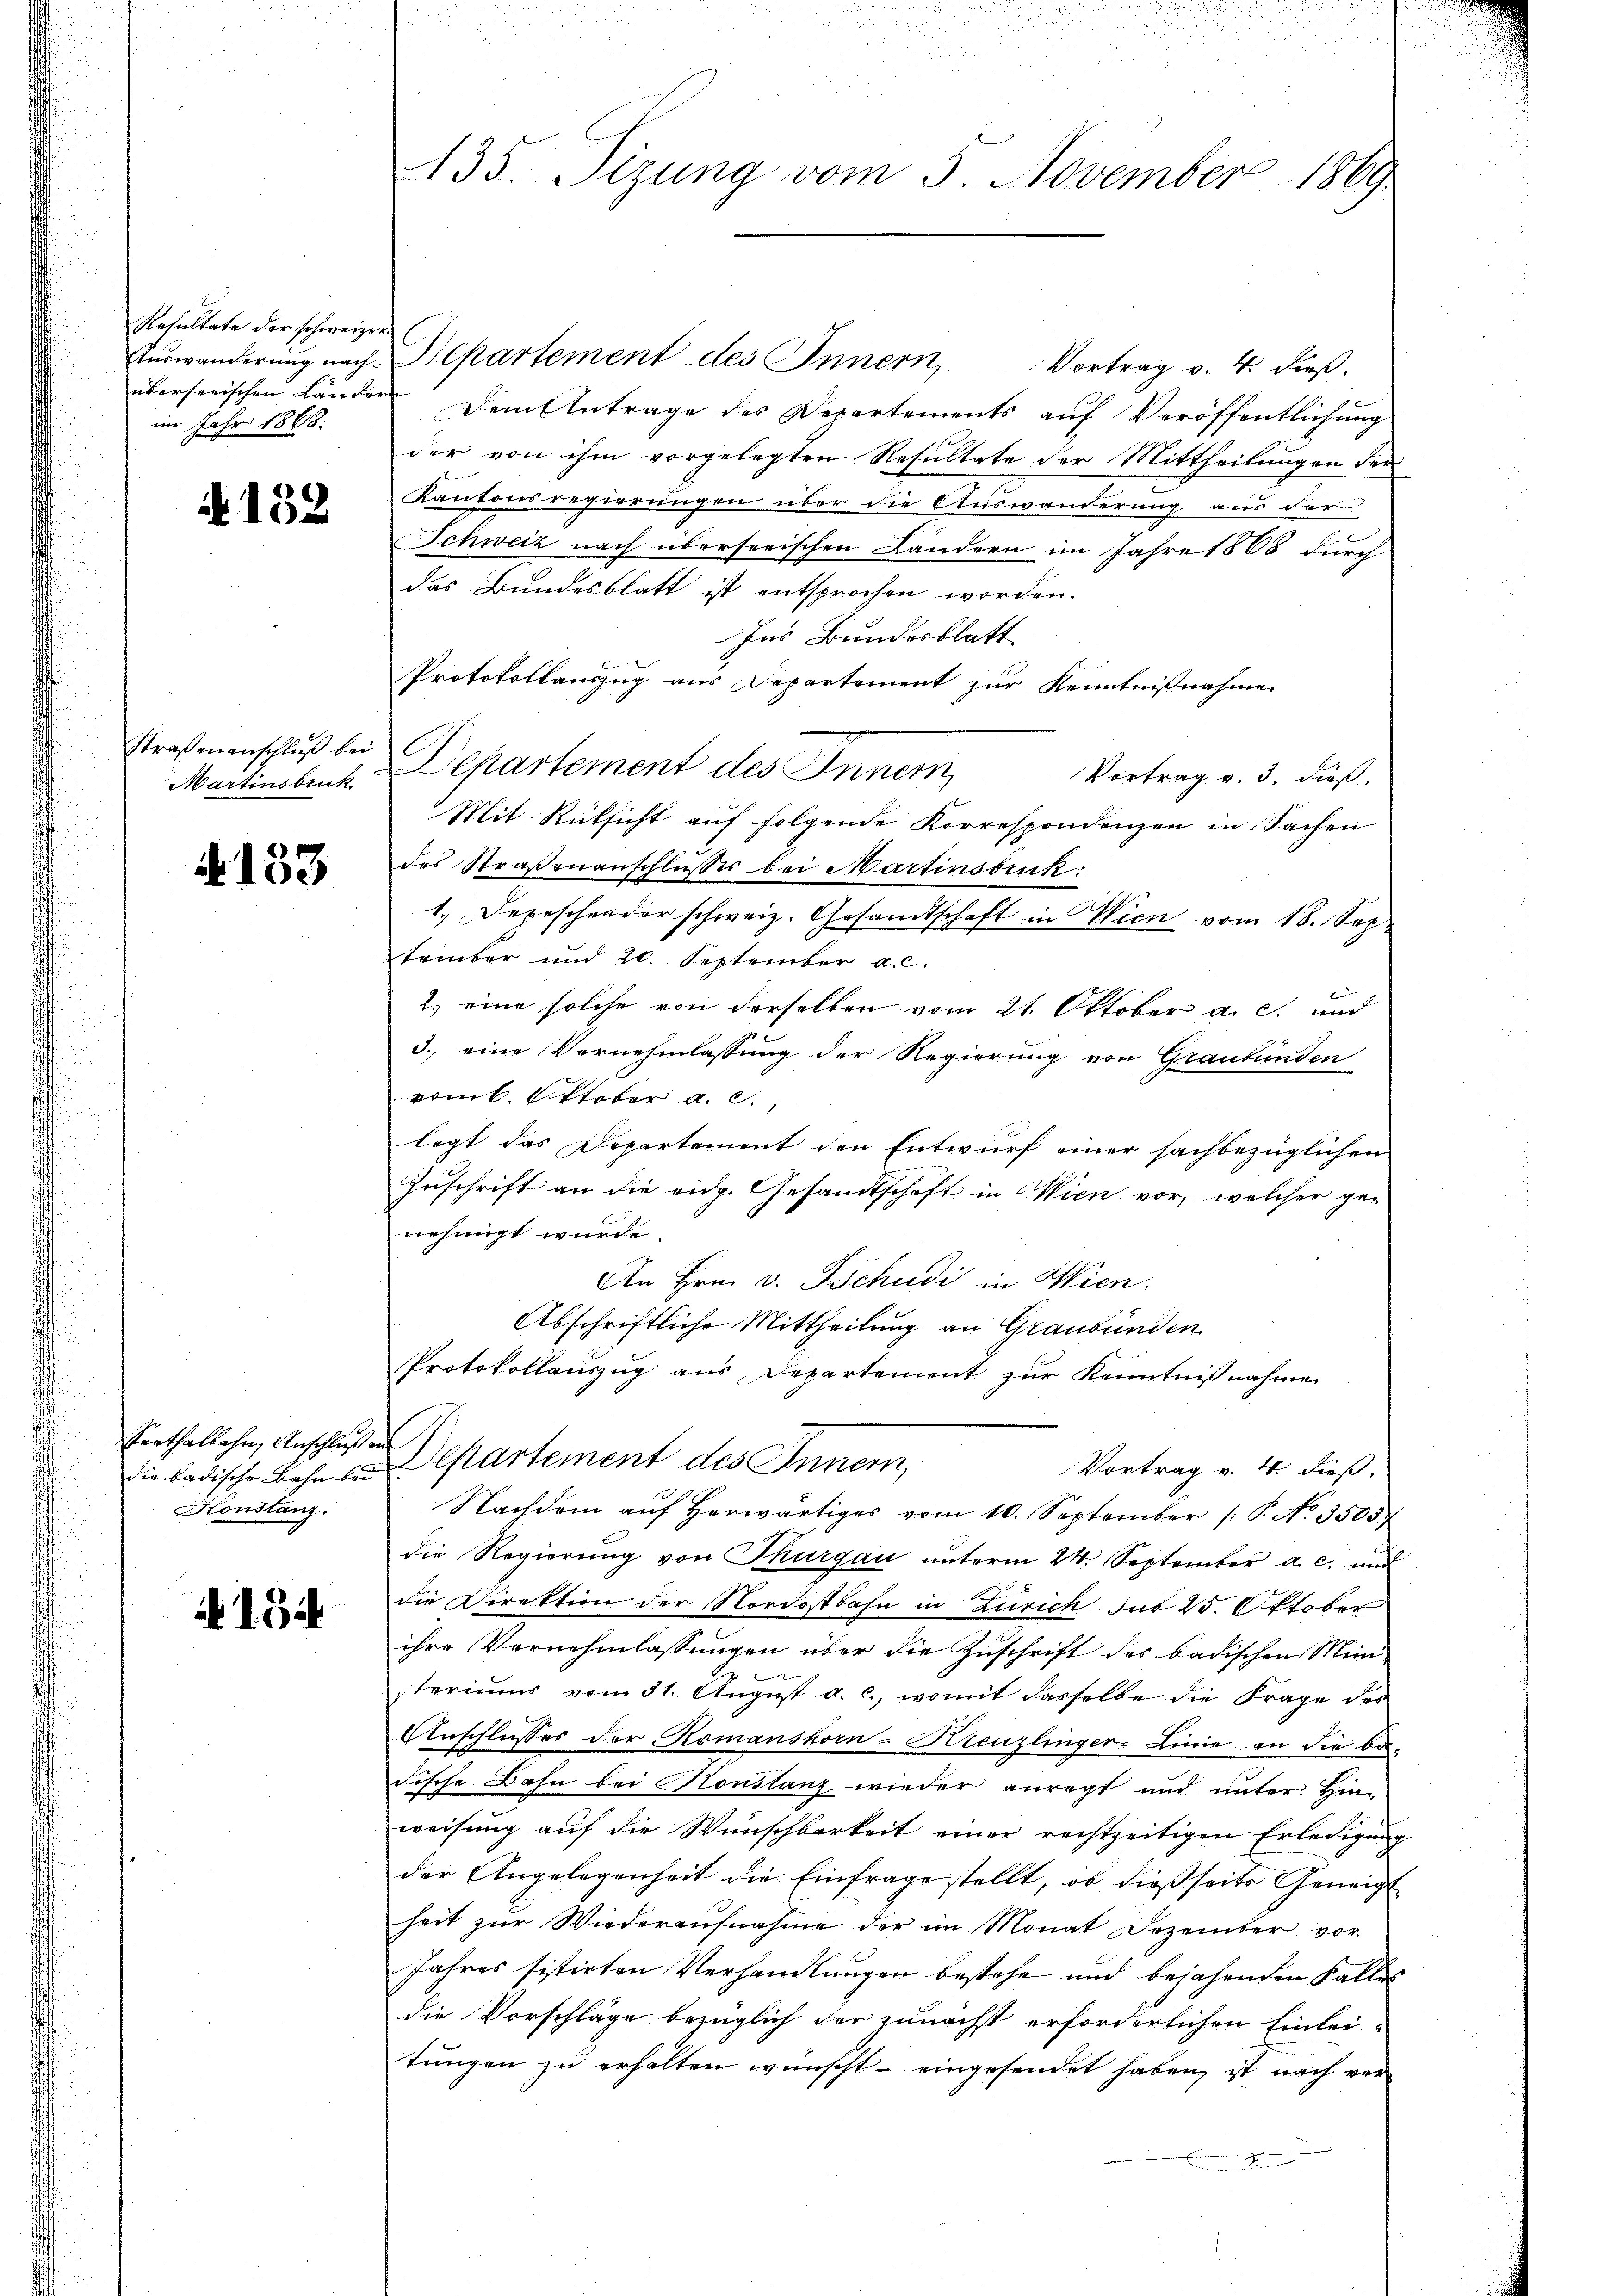
Resultate der schweizer.
Auswanderung nach-
überserischen Landern
im Jahr 1868.

N 132

Straßenanschluß bei
Martinsbruk

§133

Porthalbahn, Anschluß au
die badische Bahn bei
Konstanz.

A 134

135. Sizung vom 5. November 1869

Bepartement des Innern Vortrag v. 4. dieβ.
Dem Antrage des Departements auf Veröffentlichung
der von ihm vorgelegten Resultate der Mittheilungen der
Kantonsregierungen über die Auswanderung aus der
Schweiz nach überserischen Ländern im Jahre 1868 durch
das Bundesblatt ist entsprochen worden.
Ins Bundesblatt
Protokollauszug aus Departement zur Kenntnißnahme
e
Departement des Inner
Vortrag v. 3. dieß.
Mit Rücksicht aŭf folgende Korrespondenzen in Sachen
des Straßenanschlusses bei Martinsbruk:
1. Depeschen der schweiz. Gesamtschaft in Wien vom 18. Sep
tember und 20. September a. c.
2.) eine solche von derselben vom 21. Oktober a. c. und
3. eine Vernehmlassung der Regierung von Graubünden
komt Ottober a. c.
legt das Departement den Entwurf einer sachbezüglichen
Zuschrift an die eidg. Gesandtschaft in Wien vor, welcher genehmigt wurde.
An Hrn. v. Tschudi in Wien.
Abschriftliche Mittheilung an Graubünden
Protokollauszug aus Departement zur Kenntnißnahmen
Departement des Innern,
Vortrag v. 4. dieß.
Nachdem auf herwärtiges vom 10. September [P. No. 3505)
die Regierung von Thurgau unterm 24. September a. c. und
die Direktion der Nordostbahn in Zürich sub 25. Oktober
ihre Vornehmlassungen über die Zuschrift des badischen Mini-
steriums vom 31. August a. c., womit dasselbe die Frage des
Anschlusses der Komanshorn-Kreuzlinger-Linie an die be-
Fische Bahn bei Konstanz wieder anregt und unter Hin-
weisung auf die Wunschbarkeit einer rechtzeitigen Erledigung
der Angelegenheit die Einfrage stellt, ob dießseits Geneigt
heit zŭr Wiederaŭfnahme der im Monat Dezember vor
Jahres sistirten Verhandlungen bestehe und bejahenden Falles
die Vorschläge bezüglich der zunächst erforderlichen Einlei-
tungen zu erhalten wünscht – eingesendet haben, ist nach ver¬

.
.